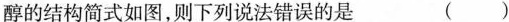
醇的结构简式如图，则下列说法错误的是（ ）